Annual report on the working of the mental hospitals in the Madras Presidency - 1912-1932
Year: 1912
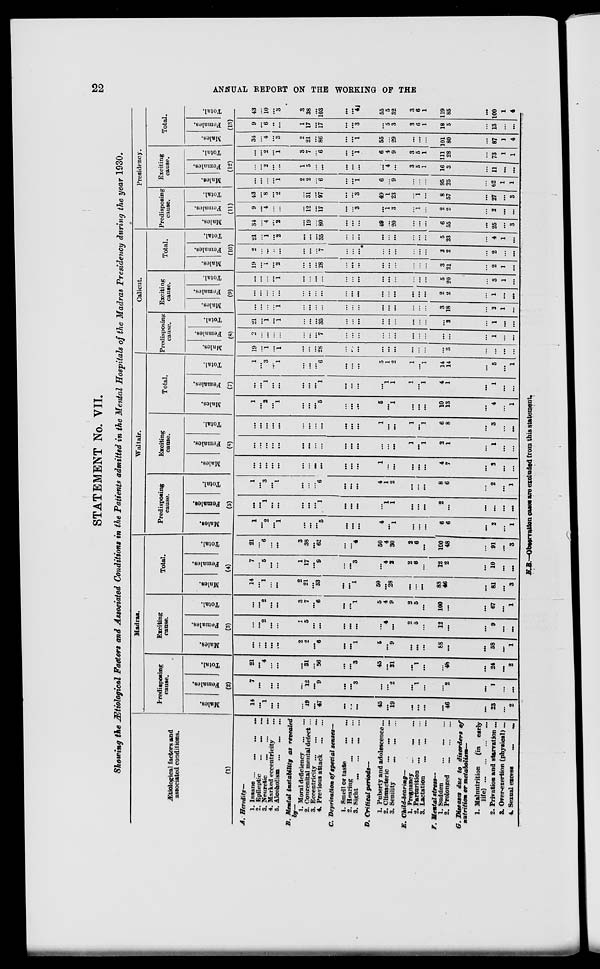
22
ANNUAL REPORT ON THE WORKING OF THE
STATEMENT No. VII.
Showing the Ætiological Factors and Associated Conditions in the Patients admitted in the Mental Hospitals of the Madras Presidency during the year 1930.
Ætiological factors and
associated conditions.
(1)
A. Heredity—
1. Insane
...
...
...
...
2. Epileptic ... ... ...
3. Neuretic ... ... ...
4. Marked eccentricity ...
5. Alcoholism ... ... ...
B. Mental instability
as revealed
by—
1. Moral deficiency
...
...
2. Congenital mental defect ...
3. Eccentricity
...
...
...
4. Previous attack
...
...
C. Deprivation of special senses—
1. Smell or taste
...
...
2. Hearing ... ... ...
3. Sight ... ... ...
D. Critical
periods—
1. Puberty and adolescence ...
2. Climacteric ... ... ...
3. Senility ... ... ...
E.
Child-bearing—
1. Pregnancy ... ... ...
2. Parturition ... ... ...
3. Lactation
...
...
...
F. Mental stress—
1. Sudden ... ... ...
2. Prolonged
...
...
...
G. Diseases due to disorders
of
nutrition or metabolism—
1. Malnutrition
(in early
life)
...
...
...
...
2. Privation and starvation ...
3. Orer-exertion (physical) ...
4. Sexual excess ... ...
Madras.
Predisposing
cause.
Males.
Females.
Total.
(2)
14
...
1
...
...
...
19
...
47
...
...
...
45
...
19
...
...
...
...
46
...
23
...
2
7
...
...
...
...
...
12
...
9
...
...
3
...
...
2
...
1
...
...
2
...
1
...
...
21
...
4
...
...
...
31
...
56
...
...
3
45
...
21
...
1
...
...
48
...
24
...
2
Exciting
cause.
Males.
Females.
Total.
(3)
...
...
...
...
...
2
2
...
6
...
...
1
5
...
9
...
...
...
88
...
...
58
...
1
...
...
2
...
...
1
5
...
...
...
...
...
...
4
...
2
5
...
12
...
...
9
...
...
...
...
2
...
...
3
7
...
6
...
...
1
5
4
9
2
5
...
100
...
...
67
...
1
Total.
Males.
Females.
Total.
(4)
14
...
1
...
...
2
21
...
53
...
...
1
50
...
28
...
...
...
88
46
...
81
...
3
7
...
5
...
...
1
17
...
9
...
...
3
...
4
2
2
6
...
12
2
...
10
...
...
21
...
6
...
...
3
38
...
62
...
...
4
50
4
30
2
6
...
100
48
...
91
...
3
Waltair.
Predisposing
cause.
Males.
Females.
Total.
(5)
1
...
2
...
1
...
...
...
5
...
...
...
4
...
1
...
...
...
6
6
...
2
...
1
...
...
1
...
...
...
...
...
1
...
...
...
...
1
1
...
...
...
2
...
...
...
...
...
1
...
3
...
1
...
...
...
6
...
...
...
4
1
2
...
...
...
8
6
...
2
...
1
Exciting
cause.
Males.
Females.
Total.
(6)
...
...
...
...
...
...
...
...
...
...
...
...
1
...
...
...
...
...
4
7
....
2
...
...
...
...
...
...
...
...
...
...
...
...
...
...
...
...
...
1
...
1
2
1
...
1
...
...
...
...
...
...
...
...
...
...
...
...
...
...
1
...
...
1
...
1
6
8
...
3
...
...
Total.
Males.
Females.
Total.
(7)
1
...
2
...
1
...
...
...
5
...
...
...
5
...
1
...
...
...
10
13
...
4
...
1
...
...
1
...
...
...
...
...
1
...
...
...
...
1
1
1
...
1
4
1
...
1
...
...
1
...
3
...
1
...
...
...
6
...
...
...
5
1
2
1
...
1
14
14
...
5
...
1
Calicut.
Predisposing
cause.
Males.
Females.
Total.
(8)
19
...
1
...
1
...
...
...
28
...
...
...
...
...
...
...
...
...
...
3
...
...
...
...
2
...
...
...
...
...
...
...
7
...
...
...
...
...
...
...
...
...
...
...
...
1
...
...
21
...
1
...
1
...
...
...
35
...
...
...
...
...
...
...
...
...
...
3
...
1
...
...
Exciting
cause.
Males.
Females.
Total.
(9)
...
...
...
...
1
...
...
...
...
...
...
...
...
...
...
...
...
...
3
18
...
2
1
...
...
...
...
...
...
...
...
...
...
...
...
...
...
...
...
...
...
...
2
2
...
1
...
...
...
...
...
...
1
...
...
...
...
...
...
...
...
...
...
...
...
...
5
20
...
3
1
...
Total.
Males.
Females.
Total.
(10)
19
...
1
...
2
...
...
...
28
...
...
...
...
...
...
...
...
...
3
21
...
2
1
...
2
...
...
...
...
...
...
...
7
...
...
...
...
...
...
...
...
...
2
2
...
2
...
...
21
...
1
...
2
...
...
...
35
...
...
...
...
...
...
...
...
...
5
23
...
4
1
...
Presidency.
Predisposing
cause.
Males.
Females.
Total.
(11)
34
...
4
...
2
...
19
...
80
...
...
...
49
...
20
...
...
...
6
55
...
25
...
3
9
...
4
...
...
...
12
...
17
...
...
3
...
1
3
...
1
...
2
2
...
2
...
...
43
...
8
...
2
...
31
...
97
...
...
3
49
1
23
...
1
...
8
57
...
27
...
3
Exciting
cause.
Males.
Females.
Total.
(12)
...
...
...
...
1
2
2
...
6
...
...
1
6
...
9
...
...
...
95
25
...
62
1
1
...
...
2
...
...
1
5
...
...
...
...
...
...
4
...
3
5
1
16
3
...
11
...
...
...
...
2
...
1
3
7
...
6
...
...
1
6
4
9
3
5
1
111
28
...
73
1
1
Total.
Males.
Females.
Total.
(13)
34
...
4
...
3
2
21
...
86
...
...
1
55
...
29
...
...
...
101
80
...
87
1
4
9
...
6
...
...
1
17
...
17
...
...
3
...
5
3
3
6
1
18
5
...
13
...
...
43
...
10
...
3
3
38
...
103
...
...
4
55
5
32
3
6
1
119
85
...
100
1
4
N.B.—Observation cases are excluded from this statement.